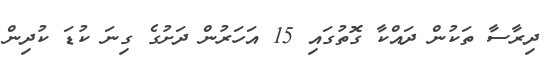
ދިރާސާ ތަކުން ދައްކާ ގޮތުގައި 15 އަހަރުން ދަށުގެ ގިނަ ކުޑަ ކުދިން